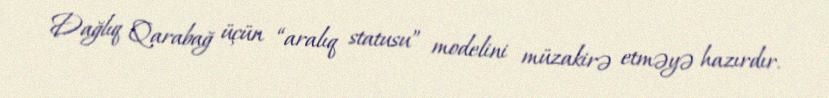
Dağlıq Qarabağ üçün “aralıq statusu” modelini müzakirə etməyə hazırdır.